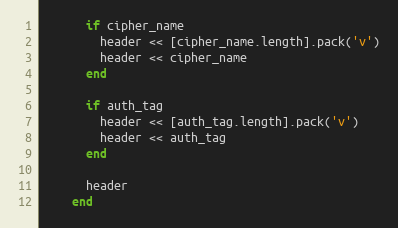
Language: Ruby
      if cipher_name
        header << [cipher_name.length].pack('v')
        header << cipher_name
      end

      if auth_tag
        header << [auth_tag.length].pack('v')
        header << auth_tag
      end

      header
    end